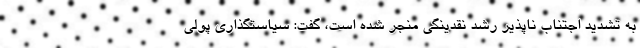
به تشدید اجتناب ناپذیر رشد نقدینگی منجر شده است، گفت: سیاستگذاری پولی